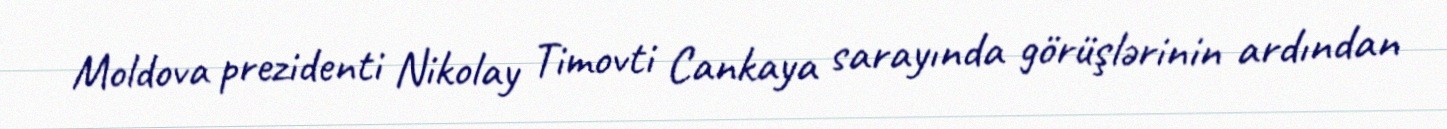
Moldova prezidenti Nikolay Timovti Cankaya sarayında görüşlərinin ardından